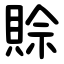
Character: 賒